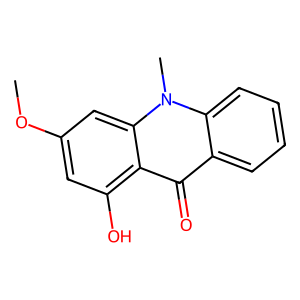
SMILES: COc1cc(O)c2c(=O)c3ccccc3n(C)c2c1
Inhibits HIV replication: No